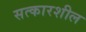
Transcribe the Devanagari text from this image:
सत्कारशील